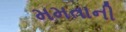
મમતાની